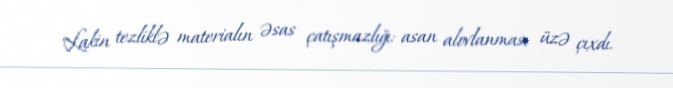
Lakin tezliklə materialın əsas çatışmazlığı: asan alovlanması üzə çıxdı.